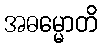
အဓမ္မောတိ